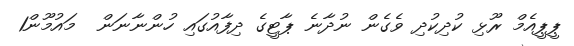
ޕީޕީއެމް ރޫޅި ކުދިކުދި ވެގެން ނުދާނެ ޕާޓީގެ ދިފާއުގައި ހުންނާނަން  މައުމޫން1